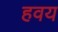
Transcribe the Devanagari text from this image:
हवय